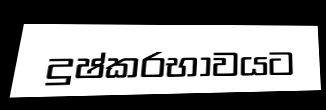
දුෂ්කරභාවයට